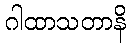
ဂါထာသတာနိ